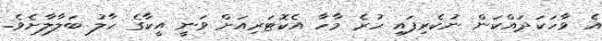
އެ ވާހަކަދައްކަން ނުކެރިފައި ހުރެ މާހާ އެކޮޓަރިއަށް ވަނީ އީކާގެ ހާލު ބަލާލާށެވެ.